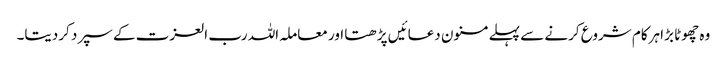
وہ چھوٹا بڑا ہرکام شروع کرنے سے پہلے مسنون دعائیں پڑھتا اور معاملہ اللہ رب العزت کے سپرد کردیتا۔